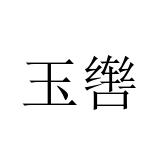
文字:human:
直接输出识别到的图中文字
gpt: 玉辔